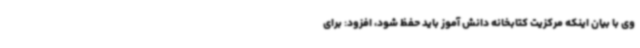
وی با بیان اینکه مرکزیت کتابخانه دانش آموز باید حفظ شود، افزود: برای